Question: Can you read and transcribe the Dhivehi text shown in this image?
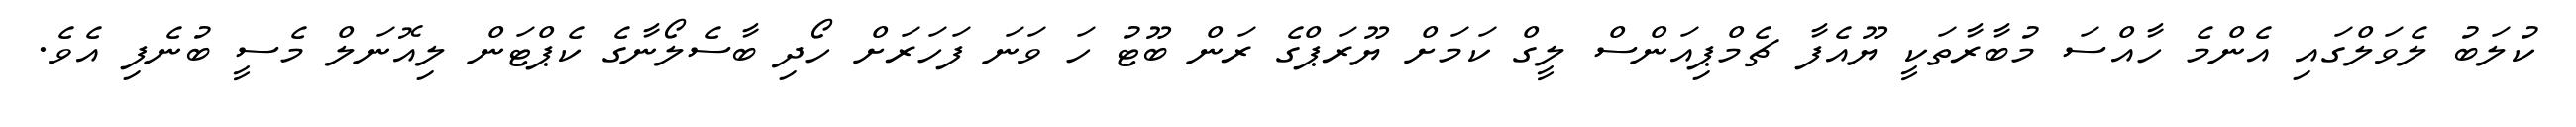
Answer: ކުލަބު ލެވަލްގައި އެންމެ ހާއްސަ މުބާރާތަކީ ޔޫއެފާ ޗެމްޕިއަންސް ލީގް ކަމަށް ޔޫރަޕްގެ ރަން ބޫޓު ހަ ވަނަ ފަހަރަށް ހޯދި ބާސެލޯނާގެ ކެޕްޓަން ލިއޮނަލް މެސީ ބުނެފި އެވެ.